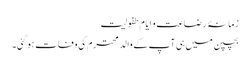
زمانۂ رضاعت و ایام طفولیت
بچپن میں ہی آپ کے والد محترم کی وفات ہوگئی۔